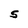
Character: S